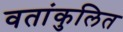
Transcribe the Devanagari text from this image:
वतांकुलित